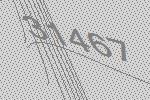
31467